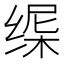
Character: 𬘸